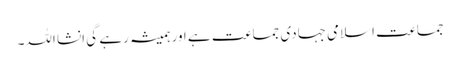
جماعت اسلامی جہادی جماعت ہے اور ہمیشہ رہے گی انشا اللہ۔